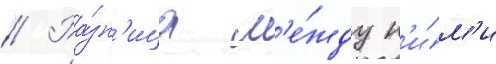
// Ра́зн'ица м'е́жду н'и́м'и